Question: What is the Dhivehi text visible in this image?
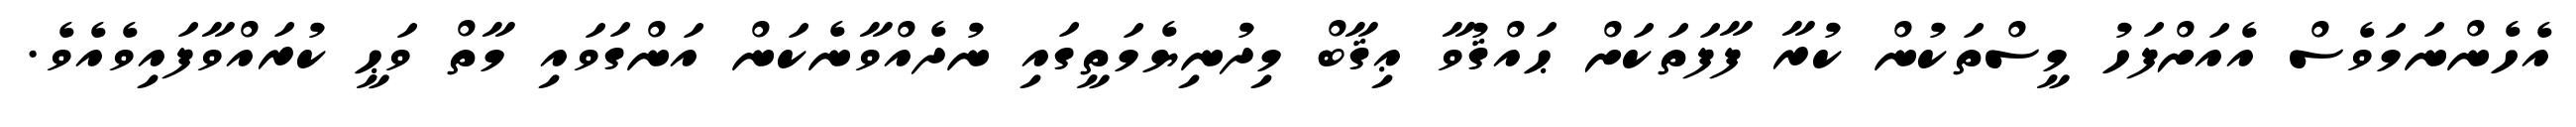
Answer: އެހެންނަމަވެސް އެއަށްފަހު މީސްތަކުން ކުރާ ފާފަތަކަށް ޙައްޤުވާ ޢިޤާބް މިދުނިޔެމަތީގައި ނުދެއްވާނެކަން އަންގަވައި މާތް ވަޙީ ކުރައްވާފައިވެއެވެ.